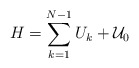
\begin{align*}H=\sum_{k=1}^{N-1}U_{k}+{\cal U}_{0} \end{align*}